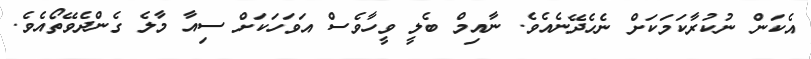
އެކަން ނުކުރާކަމަކަށް ނެހެދޭނެއެވެ. ނާއިމް ބެލީ ވީހާވެސް އަވަހަކަށް ސިއާ މާލެ ގެންދެވޭތޯއެވެ.